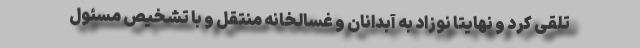
تلقی کرد و نهایتاً نوزاد به آبدانان و غسالخانه منتقل و با تشخیص مسئول